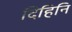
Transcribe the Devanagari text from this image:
दिहिनि